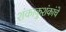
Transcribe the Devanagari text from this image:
शंकाकुशंकांचे